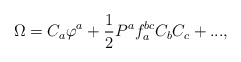
\begin{align*}\Omega = C_a \varphi ^a + \frac{1}{2}P^a f_a^{bc} C_b C_c +...,\end{align*}